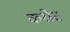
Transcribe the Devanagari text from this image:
करोट